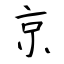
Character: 京